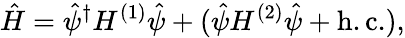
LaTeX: \hat{H}=\hat{\psi}^{\dagger}H^{(1)}\hat{\psi}+(\hat{\psi}H^{(2)}\hat{\psi}+\mathrm{h.c.}),